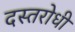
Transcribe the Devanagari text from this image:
दस्तरोधी